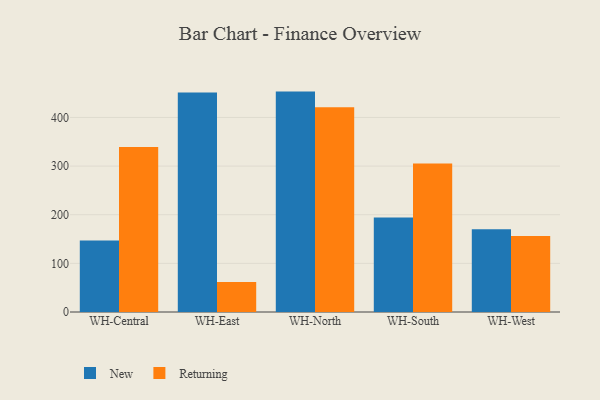
{"axis": {"x": "Warehouse", "y": "Production Output"}, "legend": ["New", "Returning"], "data": [{"x": "WH-Central", "y": 147.0, "type": "New"}, {"x": "WH-Central", "y": 339.3, "type": "Returning"}, {"x": "WH-East", "y": 451.1, "type": "New"}, {"x": "WH-East", "y": 61.6, "type": "Returning"}, {"x": "WH-North", "y": 453.2, "type": "New"}, {"x": "WH-North", "y": 420.8, "type": "Returning"}, {"x": "WH-South", "y": 194.2, "type": "New"}, {"x": "WH-South", "y": 305.3, "type": "Returning"}, {"x": "WH-West", "y": 169.9, "type": "New"}, {"x": "WH-West", "y": 156.3, "type": "Returning"}]}